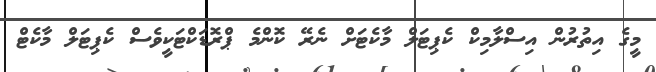
މީގެ އިތުރުން އިސްލާމިކް ކެޕިޓަލް މާކެޓަށް ނެރޭ ކޮންމެ ޕްރޮޑަކްޓަކީވެސް ކެޕިޓަލް މާކެޓް